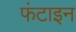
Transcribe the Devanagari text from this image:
फंटाइन